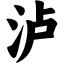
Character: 泸